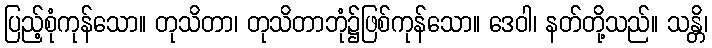
ပြည့်စုံကုန်သော။ တုသိတာ၊ တုသိတာဘုံ၌ဖြစ်ကုန်သော။ ဒေဝါ၊ နတ်တို့သည်။ သန္တိ၊